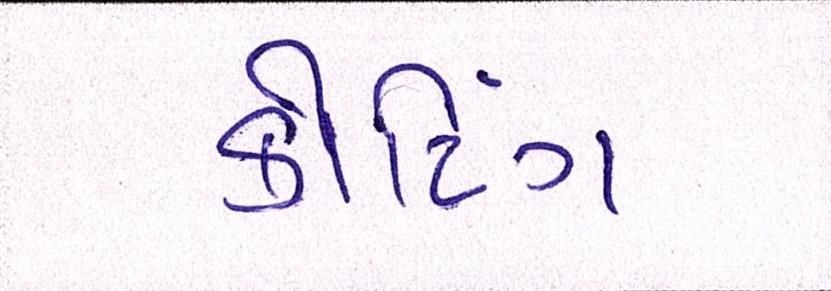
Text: કોટિંગ